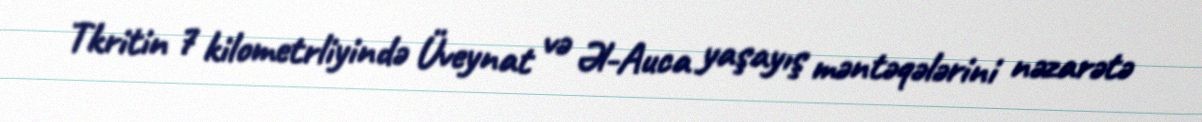
Tkritin 7 kilometrliyində Üveynat və Əl-Auca yaşayış məntəqələrini nəzarətə